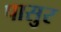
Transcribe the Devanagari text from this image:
पासुर